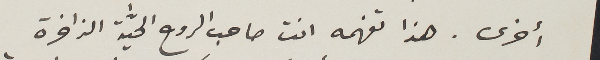
أخرى. هذا تفهمه انت صاحب الروح الحيًّة الزاخرة